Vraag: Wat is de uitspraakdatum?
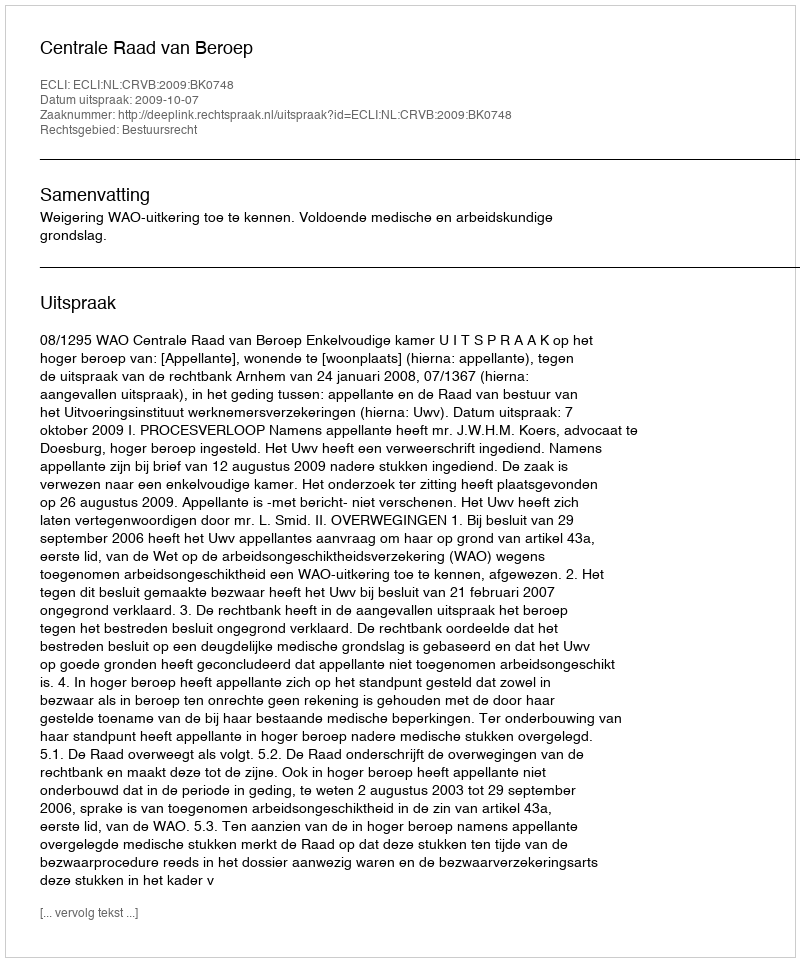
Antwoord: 2009-10-07